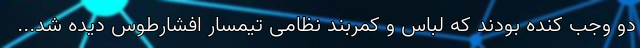
دو وجب کنده بودند که لباس و کمربند نظامی تیمسار افشارطوس دیده شد...